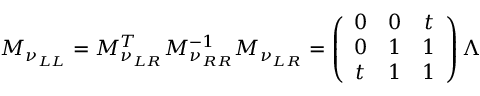
M _ { \nu _ { L L } } = M _ { \nu _ { L R } } ^ { T } M _ { \nu _ { R R } } ^ { - 1 } M _ { \nu _ { L R } } = \left( \begin{array} { c c c } { { 0 } } & { { 0 } } & { { t } } \\ { { 0 } } & { { 1 } } & { { 1 } } \\ { { t } } & { { 1 } } & { { 1 } } \end{array} \right) \Lambda